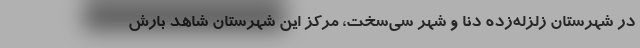
در شهرستان زلزله‌زده دنا و شهر سی‌سخت، مرکز این شهرستان شاهد بارش